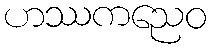
ဟဿကညေဝ